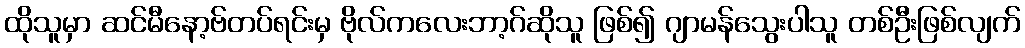
ထိုသူမှာ ဆင်မီနော့ဗ်တပ်ရင်းမှ ဗိုလ်ကလေးဘာ့ဂ်ဆိုသူ ဖြစ်၍ ဂျာမန်သွေးပါသူ တစ်ဦးဖြစ်လျက်